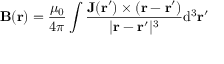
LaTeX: \mathbf { B } ( \mathbf { r } ) = { \frac { \mu _ { 0 } } { 4 \pi } } \int { { \frac { \mathbf { J } ( \mathbf { r } ^ { \prime } ) \times \left( \mathbf { r } - \mathbf { r } ^ { \prime } \right) } { | \mathbf { r } - \mathbf { r } ^ { \prime } | ^ { 3 } } } \mathrm { d } ^ { 3 } \mathbf { r } ^ { \prime } }